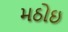
મઠોઇ